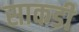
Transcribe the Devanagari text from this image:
साकडी